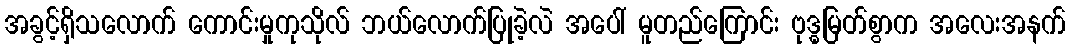
အခွင့်ရှိသလောက် ကောင်းမှုကုသိုလ် ဘယ်လောက်ပြုခဲ့လဲ အပေါ် မူတည်ကြောင်း ဗုဒ္ဓမြတ်စွာက အလေးအနက်